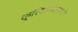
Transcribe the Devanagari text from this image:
क्रियाकलापोँ